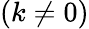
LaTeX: (k\neq 0)